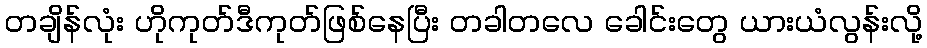
တချိန်လုံး ဟိုကုတ်ဒီကုတ်ဖြစ်နေပြီး တခါတလေ ခေါင်းတွေ ယားယံလွန်းလို့